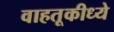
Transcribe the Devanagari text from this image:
वाहतूकीध्ये